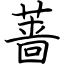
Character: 蔷